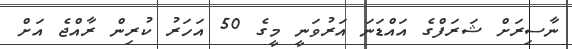
ނާސިރަށް ޝަރަފްގެ އައްޑަނަ އަރުވަނީ މީގެ 50 އަހަރު ކުރިން ރާއްޖެ އަށް